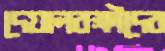
দেয়ালরক্ষীদের